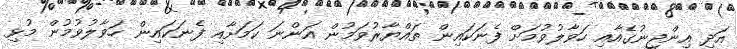
އަދި އިންޖީނުގެއާއި ހަވާލުވުމަށް ފެނަކައިން ތައްޔާރުވަމުން އަންނަ ކަމަށާއި ފެނަކައިން ހަވާލުވުމުން މުޅި